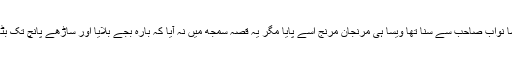
جیسا نواب صاحب سے سنا تھا ویسا ہی مرنجان مرنج اسے پایا مگر یہ قصّہ سمجھ میں نہ آیا کہ بارہ بجے بلایا اور ساڑھے پانچ تک بٹھایا۔